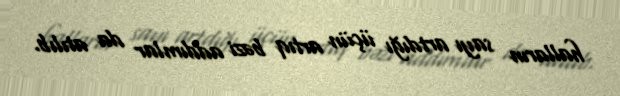
halların sayı artdığı üçün artıq bəzi addımlar da atılıb.